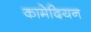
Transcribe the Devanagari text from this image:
कामेदियन